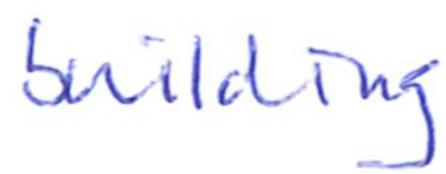
Text: building
Cross-out: clean
Writing tool: ballpoint